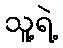
သူ့ရဲ့